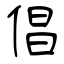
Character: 倡